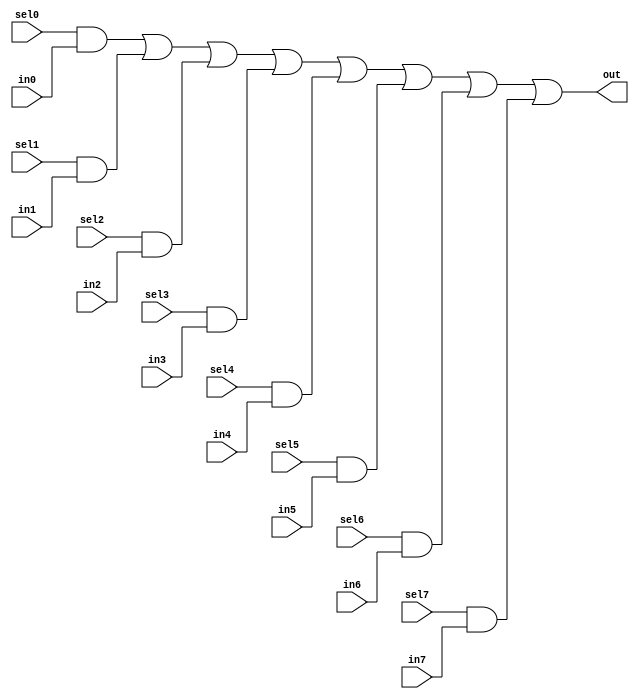
module oh_mux8 #(parameter DW = 1 ) // width of mux
   (
    input 	    sel7,
    input 	    sel6,
    input 	    sel5,
    input 	    sel4,
    input 	    sel3,
    input 	    sel2,
    input 	    sel1,
    input 	    sel0,
    input [DW-1:0]  in7,
    input [DW-1:0]  in6,
    input [DW-1:0]  in5,
    input [DW-1:0]  in4,
    input [DW-1:0]  in3,
    input [DW-1:0]  in2,
    input [DW-1:0]  in1,
    input [DW-1:0]  in0, 
    output [DW-1:0] out  //selected data output
    );
  
   assign out[DW-1:0] = ({(DW){sel0}} & in0[DW-1:0] |
			 {(DW){sel1}} & in1[DW-1:0] |
			 {(DW){sel2}} & in2[DW-1:0] |
			 {(DW){sel3}} & in3[DW-1:0] |
			 {(DW){sel4}} & in4[DW-1:0] |
			 {(DW){sel5}} & in5[DW-1:0] |
			 {(DW){sel6}} & in6[DW-1:0] |
			 {(DW){sel7}} & in7[DW-1:0]);
   
   
endmodule